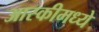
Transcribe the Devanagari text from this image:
आस्कीमध्ये